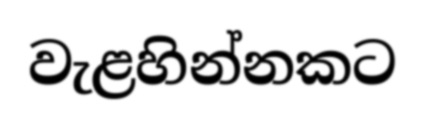
වැළහින්නකට